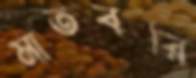
মাতবরি